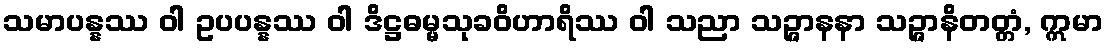
သမာပန္နဿ ဝါ ဥပပန္နဿ ဝါ ဒိဋ္ဌဓမ္မသုခဝိဟာရိဿ ဝါ သညာ သဉ္ဇာနနာ သဉ္ဇာနိတတ္တံ, ဣမာ